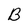
Character: B